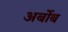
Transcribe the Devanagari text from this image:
अर्बोब